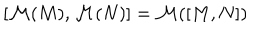
LaTeX: [ { \cal M } ( M ) , { \cal M } ( N ) ] = { \cal M } ( [ M , N ] )